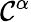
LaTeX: \mathcal{C^{\alpha}}